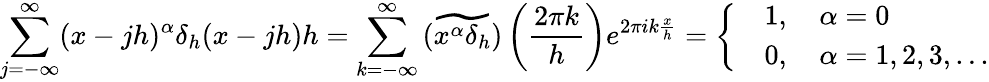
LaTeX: \sum_{j=-\infty}^{\infty}(x-jh)^{\alpha}\delta_{h}(x-jh)h=\sum_{k=-\infty}^{\infty}\widetilde{\left(x^{\alpha}\delta_{h}\right)}\left(\frac{2\pi k}{h}\right)e^{2\pi ik\frac{x}{h}}=\left\{ \begin{array}{rl}&{1,\quad\alpha=0}\\ &{0,\quad\alpha=1,2,3,...}\end{array}\right.